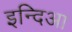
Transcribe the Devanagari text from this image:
इन्दिआ